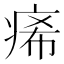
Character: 㾙